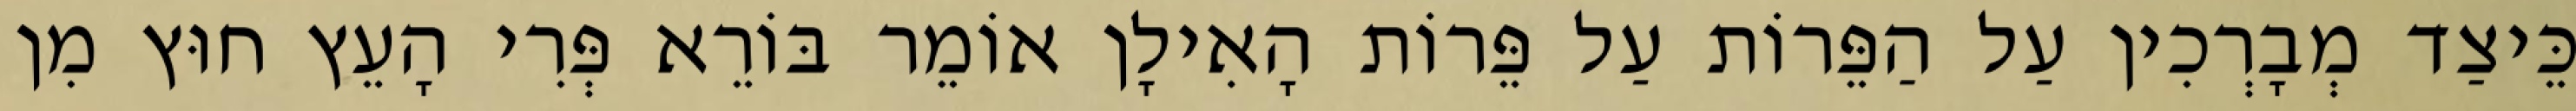
כֵּיצַד מְבָרְכִין עַל הַפֵּרוֹת עַל פֵּרוֹת הָאִילָן אוֹמֵר בּוֹרֵא פְּרִי הָעֵץ חוּץ מִן